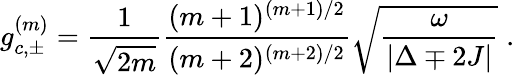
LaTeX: g_{c,\pm}^{(m)}=\frac{1}{\sqrt{2m}}\frac{(m+1)^{(m+1)/2}}{(m+2)^{(m+2)/2}}\sqrt{\frac{\omega}{\vert{\Delta\mp 2J}\vert}}\; .